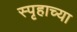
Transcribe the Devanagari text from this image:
स्पृहाच्या